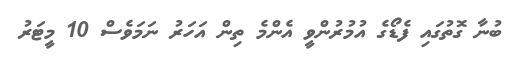
ބުނާ ގޮތުގައި ފެޑޯގެ އުމުރުންވީ އެންމެ ތިން އަހަރު ނަމަވެސް 10 މީޓަރު